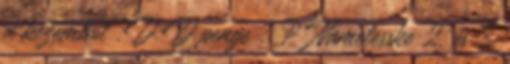
a kezembol :D:D penge™: ? Namelesske 2. és 3.